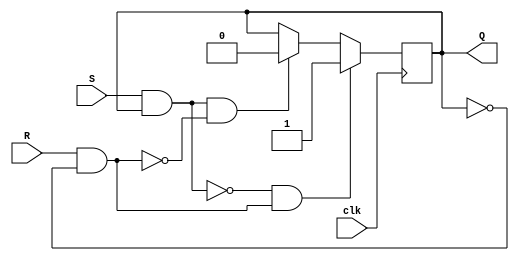
module gated_sr_ff (
    input wire clk,
    input wire S,
    input wire R,
    output reg Q
);

// Internal signals
wire NOR1_out, NOR2_out;

// Implementing the gated SR flip-flop
// Using NOR gates for flip-flop memory element
// and AND gates for gating the input signals
assign NOR1_out = ~(S & Q); // S input gating
assign NOR2_out = ~(R & ~Q); // R input gating

always @(posedge clk) begin
    if (NOR1_out & ~NOR2_out) begin
        Q <= 1;  // Set the flip-flop
    end else if (~NOR1_out & NOR2_out) begin
        Q <= 0;  // Reset the flip-flop
    end
end

endmodule